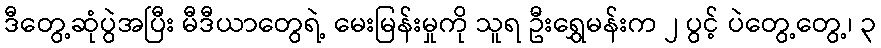
ဒီတွေ့ဆုံပွဲအပြီး မီဒီယာတွေရဲ့ မေးမြန်းမှုကို သူရ ဦးရွှေမန်းက ၂ ပွင့် ပဲတွေ့တွေ့၊ ၃